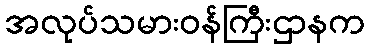
အလုပ်သမားဝန်ကြီးဌာနက